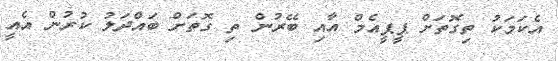
އެކަމަކު ތިގޮތަށް ޕީޕީއެމް އާއި ބޭރުން ތި ގޮތަށް ބަައްދަލު ކުރުން އެއީ